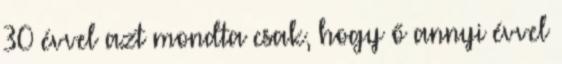
30 évvel azt mondta csak, hogy ő annyi évvel